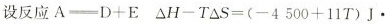
设反应$$A＝D+E$$ \Delta $$H-T\Delta ＝S(-4500+11T)J\cdot$$•